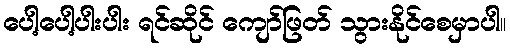
ပေါ့ပေါ့ပါးပါး ရင်ဆိုင် ကျော်ဖြတ် သွားနိုင်စေမှာပါ။